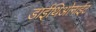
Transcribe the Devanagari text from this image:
डाईथिओनाईट